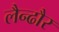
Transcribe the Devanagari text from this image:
लैन्ढौर